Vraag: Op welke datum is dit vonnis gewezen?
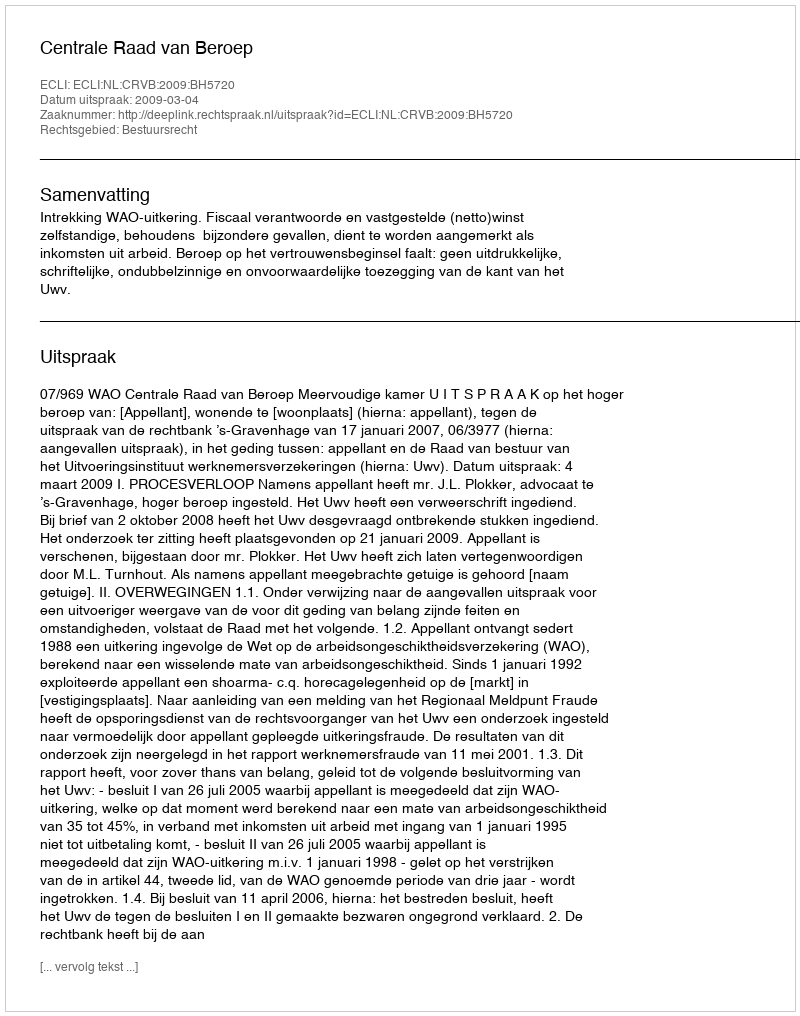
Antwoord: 2009-03-04